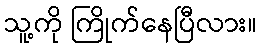
သူ့ကို ကြိုက်နေပြီလား။